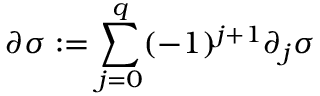
\partial \sigma : = \sum _ { j = 0 } ^ { q } ( - 1 ) ^ { j + 1 } \partial _ { j } \sigma